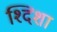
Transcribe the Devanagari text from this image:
श्दिशा